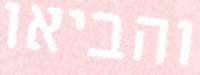
והביאו